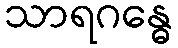
သာရဂန္ဓေ